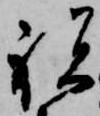
祝